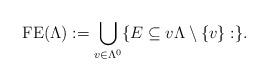
LaTeX: \begin{align*}\mathrm{FE}(\Lambda):=\bigcup_{v\in \Lambda^0} \{E\subseteq v\Lambda\setminus \{v\}: \}.\end{align*}